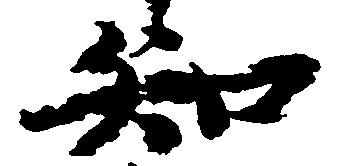
知